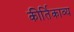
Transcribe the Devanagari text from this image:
कीर्तिकाव्य